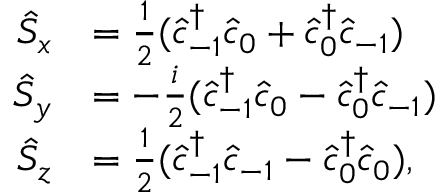
\begin{array} { r l } { \hat { S } _ { x } } & { = \frac { 1 } { 2 } ( \hat { c } _ { - 1 } ^ { \dagger } \hat { c } _ { 0 } + \hat { c } _ { 0 } ^ { \dagger } \hat { c } _ { - 1 } ) } \\ { \hat { S } _ { y } } & { = - \frac { i } { 2 } ( \hat { c } _ { - 1 } ^ { \dagger } \hat { c } _ { 0 } - \hat { c } _ { 0 } ^ { \dagger } \hat { c } _ { - 1 } ) } \\ { \hat { S } _ { z } } & { = \frac { 1 } { 2 } ( \hat { c } _ { - 1 } ^ { \dagger } \hat { c } _ { - 1 } - \hat { c } _ { 0 } ^ { \dagger } \hat { c } _ { 0 } ) , } \end{array}